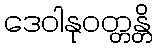
ဒေဝါနုဝတ္တန္တိ